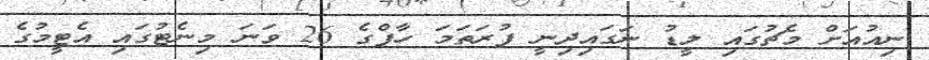
ނިއުއަށް މެޗުގައި ލީޑު ނަގައިދިނީ ފުރަތަމަ ހާފްގެ 26 ވަނަ މިނެޓުގައި އެޓީމުގެ